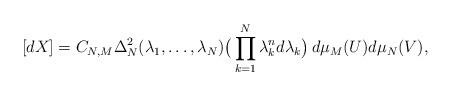
LaTeX: \begin{align*} [dX] = C_{N,M} \Delta_{N}^{2}(\lambda_{1}, \ldots, \lambda_{N}) \big(\prod_{k=1}^{N} \lambda_{k}^{n} d\lambda_{k} \big)\,d\mu_{M}(U) d\mu_{N}(V), \end{align*}